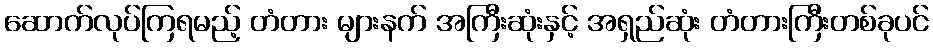
ဆောက်လုပ်ကြရမည့် တံတား များနက် အကြီးဆုံးနှင့် အရှည်ဆုံး တံတားကြီးတစ်ခုပင်